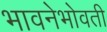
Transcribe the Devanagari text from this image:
भावनेभोवती